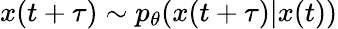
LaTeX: x(t+\tau)\sim p_{\theta}(x(t+\tau)|x(t))